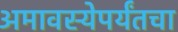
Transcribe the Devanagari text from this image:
अमावस्येपर्यंतचा